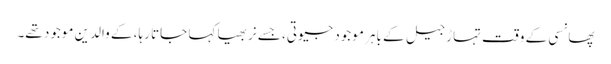
پھانسی کے وقت تہاڑ جیل کے باہر موجود جیوتی، جسے نربھیا کہا جاتا رہا، کے والدین موجود تھے۔